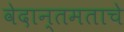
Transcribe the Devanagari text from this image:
वेदान्तमताचे